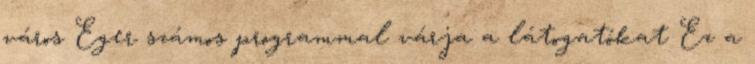
város Eger számos programmal várja a látogatókat Ez a